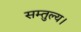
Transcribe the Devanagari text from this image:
सम्तुल्य।